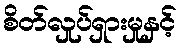
စိတ်လှုပ်ရှားမှုနှင့်